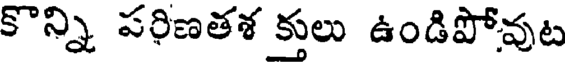
కొన్ని పరిణతశ క్తులు ఉండిపోవుట